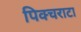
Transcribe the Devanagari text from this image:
पिक्चराटा